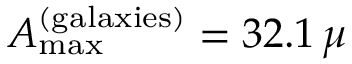
A _ { \mathrm { m a x } } ^ { \mathrm { ( g a l a x i e s ) } } = 3 2 . 1 \, \mu